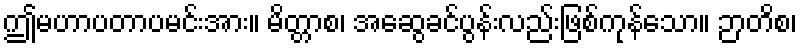
ဤမဟာပတာပမင်းအား။ မိတ္တာစ၊ အဆွေခင်ပွန်းလည်းဖြစ်ကုန်သော။ ဉာတိစ၊